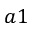
a 1